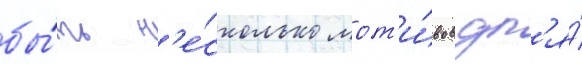
бы́ть н'е́сколько мот'и́вов дл'я́